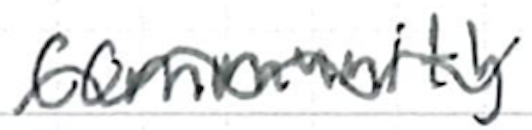
Text: community.
Cross-out: wave
Writing tool: ballpoint